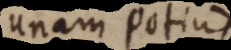
unam potius